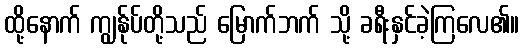
ထို့နောက် ကျွန်ုပ်တို့သည် မြောက်ဘက် သို့ ခရီးနှင်ခဲ့ကြလေ၏။